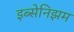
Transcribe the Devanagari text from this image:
इब्सेनिझम